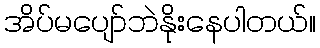
အိပ်မပျော်ဘဲနိုးနေပါတယ်။